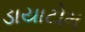
ડાયાટોમ